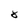
Character: 8